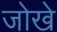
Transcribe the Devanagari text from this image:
जोखे